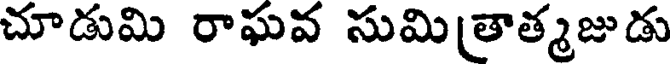
చూడుమి రాఘవ సుమి(తాత్మజుడు